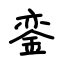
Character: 銮